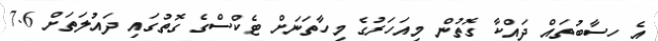
އެ ހިސާބުތައް ދައްކާ ގޮތުން މިއަހަރުގެ މިހާތަނަށް ޓެކްސްގެ ގޮތުގައި ދައުލަތަށް 7.6